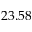
2 3 . 5 8